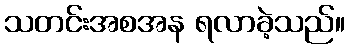
သတင်းအစအန ရလာခဲ့သည်။